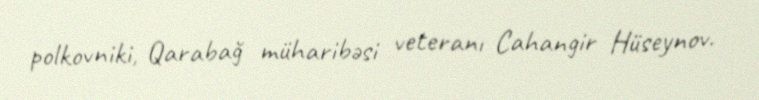
polkovniki, Qarabağ müharibəsi veteranı Cahangir Hüseynov.